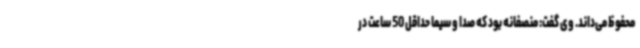
محفوظ می‌داند. وی گفت: منصفانه بود که صدا و سیما حداقل 50 ساعت در